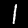
Digit: 1